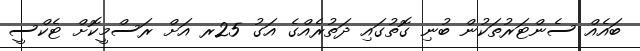
ބައެއް ސެންޓަރުތަކުން ބުނި ގޮތުގައި ދަތުރެއްގެ އަގު 25ރ އަށް ރަސްމީކޮށް ޓެކްސީ